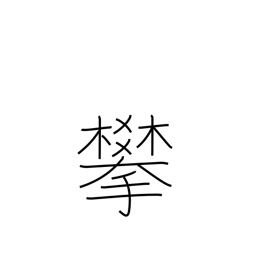
Meaning: climb